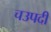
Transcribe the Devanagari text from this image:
चउपदी